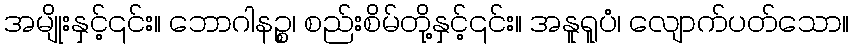
အမျိုးနှင့်၎င်း။ ဘောဂါနဉ္စ၊ စည်းစိမ်တို့နှင့်၎င်း။ အနူရူပံ၊ လျောက်ပတ်သော။